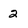
Character: 2